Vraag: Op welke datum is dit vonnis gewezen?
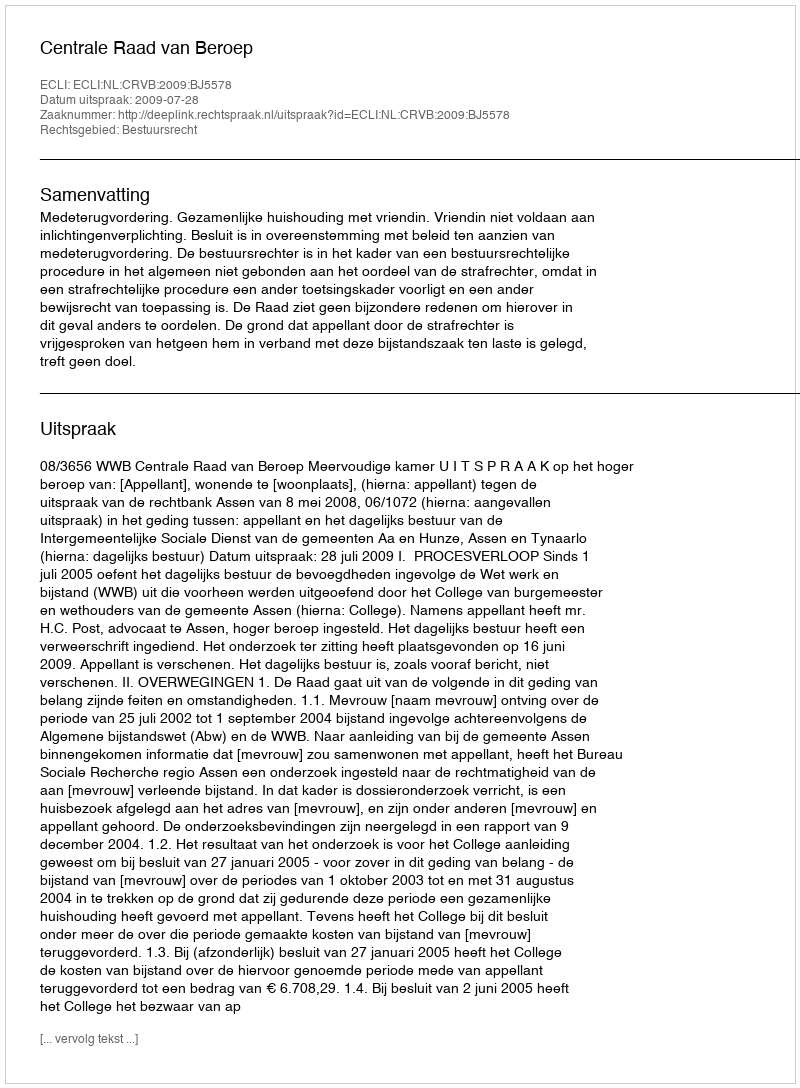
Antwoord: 2009-07-28